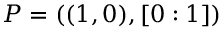
P = ( ( 1 , 0 ) , [ 0 : 1 ] )